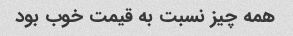
همه چیز نسبت به قیمت خوب بود